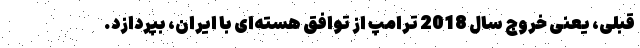
قبلی، یعنی خروج سال 2018 ترامپ از توافق هسته‌ای با ایران، بپردازد.